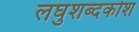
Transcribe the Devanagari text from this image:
लघुशब्दकोश